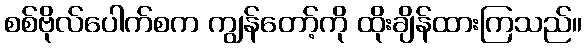
စစ်ဗိုလ်ပေါက်စက ကျွန်တော့်ကို ထိုးချိန်ထားကြသည်။